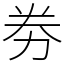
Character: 劵